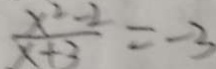
\frac { x ^ { 2 } - 2 } { x + 3 } = - 3